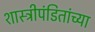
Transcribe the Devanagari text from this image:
शास्त्रीपंडितांच्या